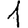
Digit: 1